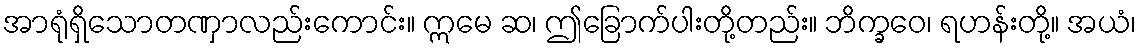
အာရုံရှိသောတဏှာလည်းကောင်း။ ဣမေ ဆ၊ ဤခြောက်ပါးတို့တည်း။ ဘိက္ခဝေ၊ ရဟန်းတို့။ အယံ၊